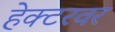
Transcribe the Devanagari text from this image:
हेक्टरवर